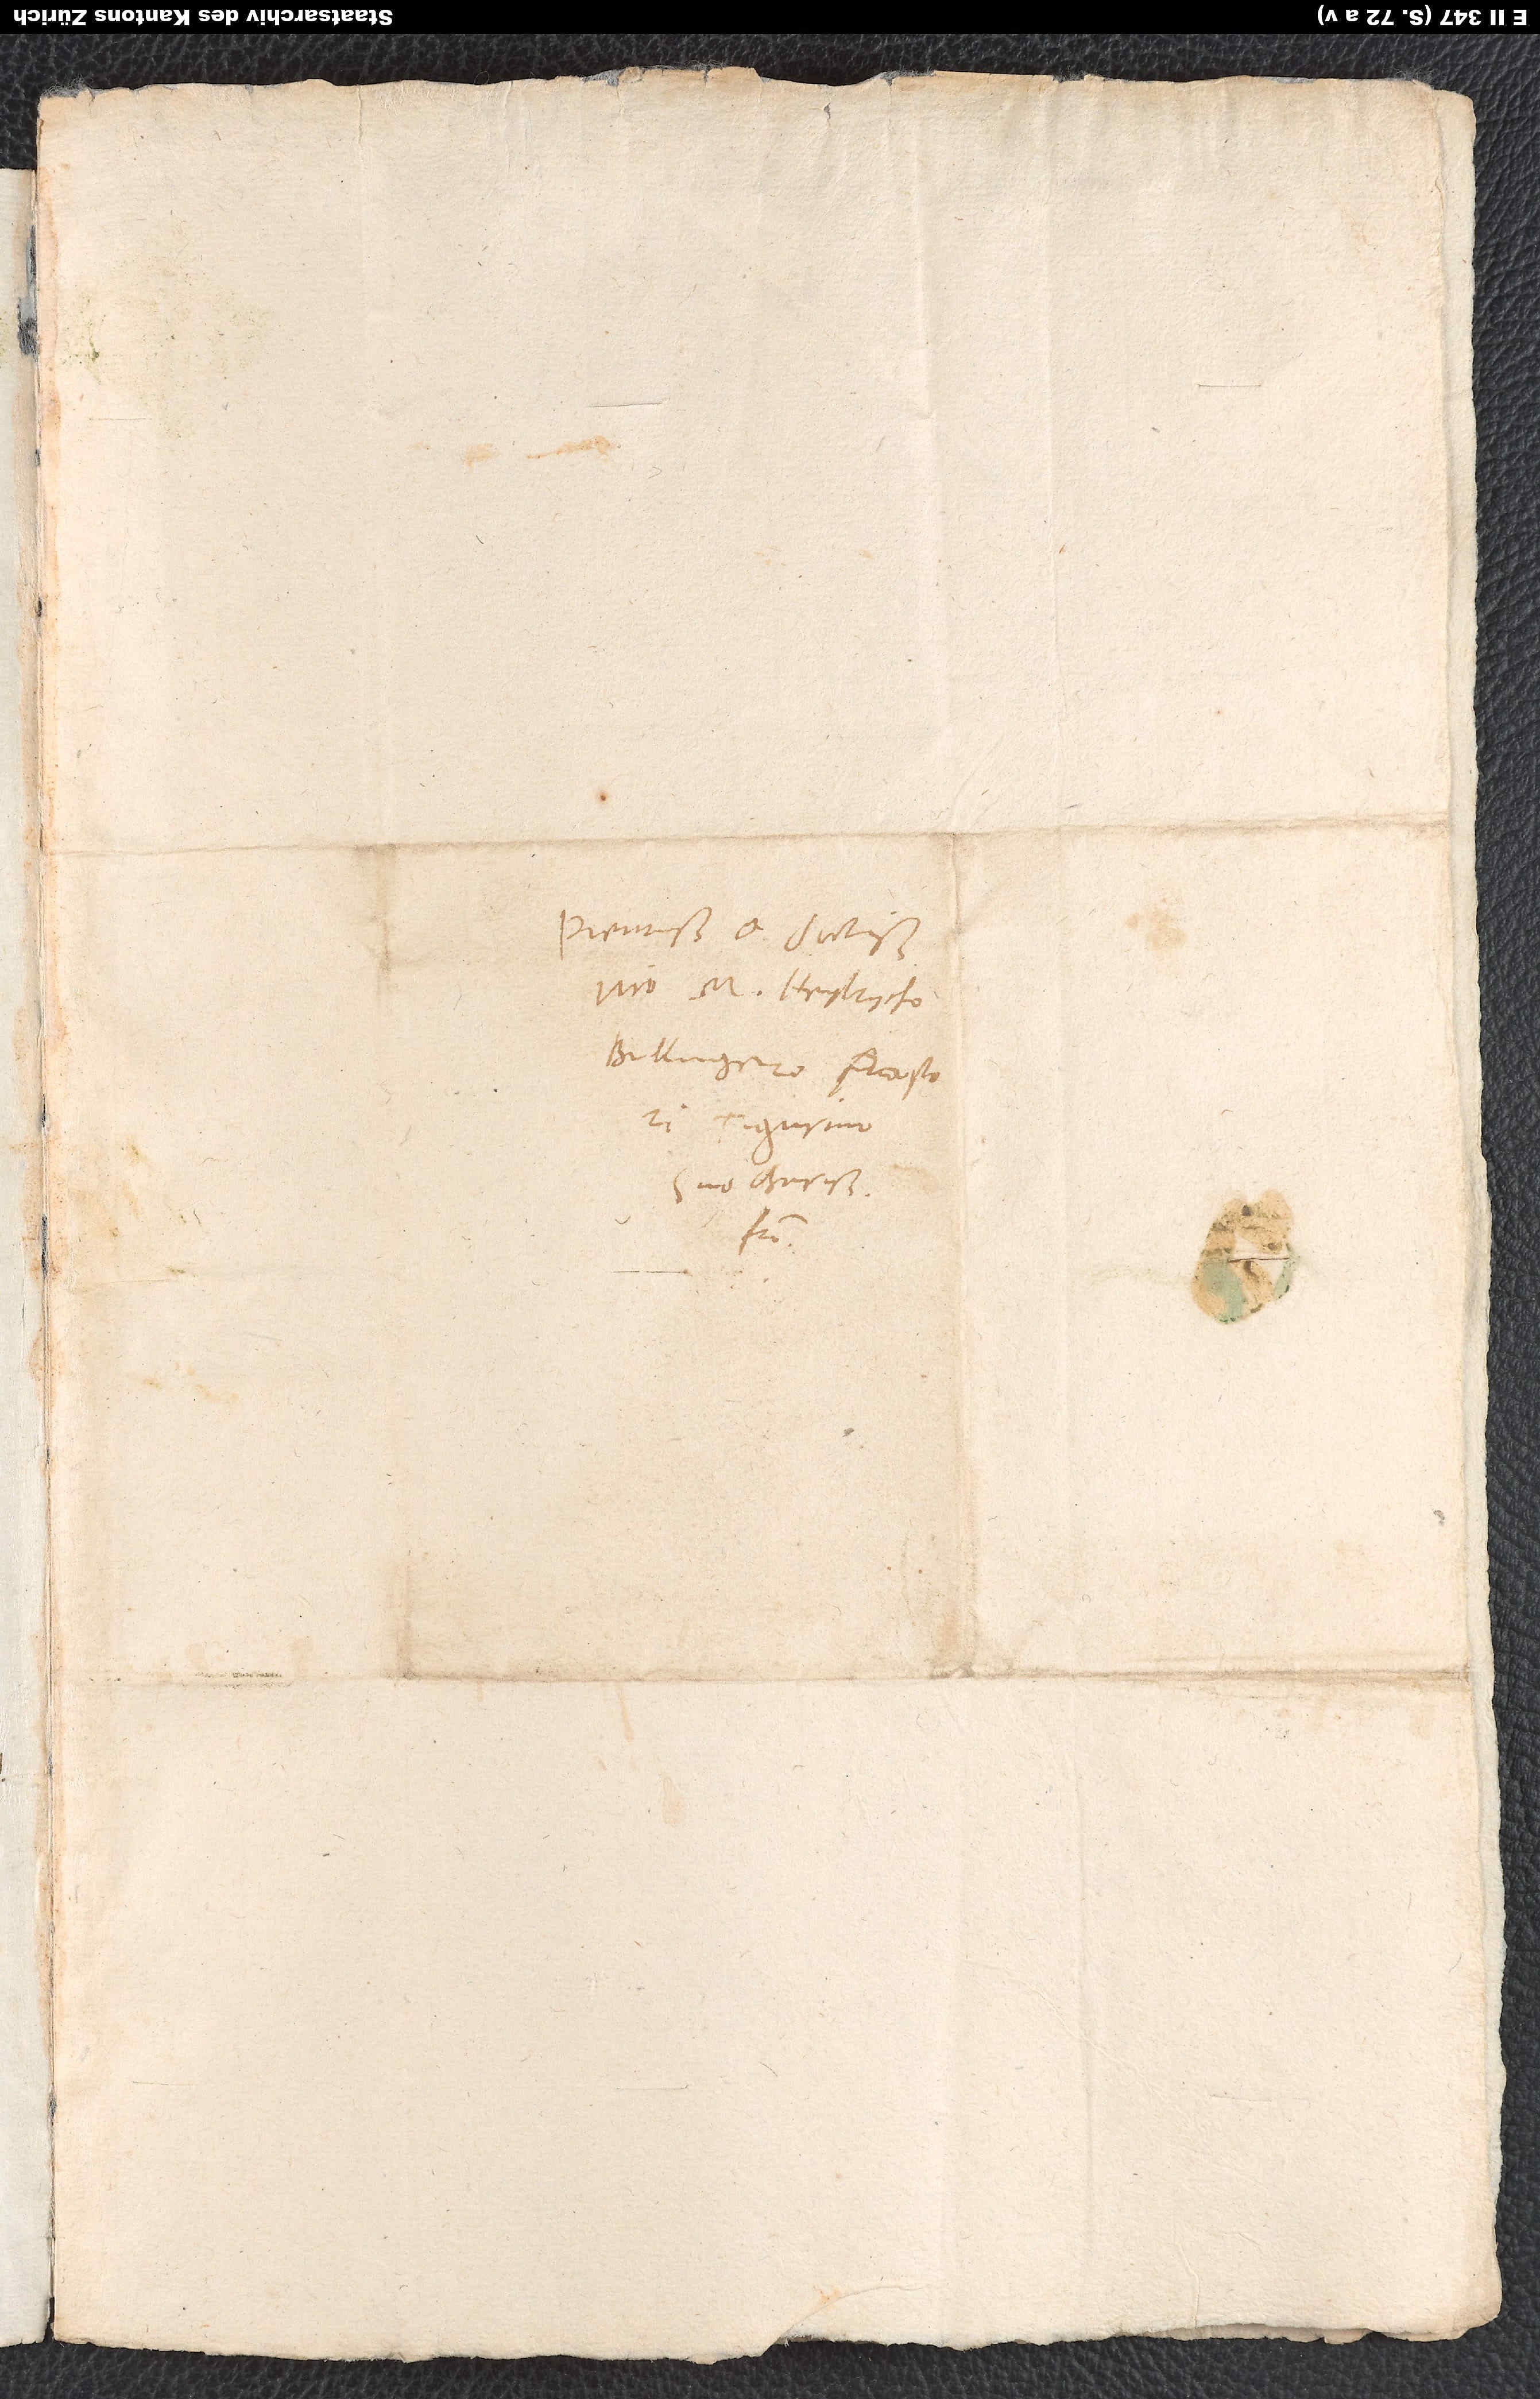
Pientissimo et doctissimo
viro M. Heylrycho
Bullingero, pastori
Tigurino,
suo charissimo
fratri.